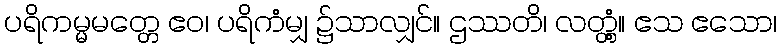
ပရိကမ္မမတ္တေ ဧဝ၊ ပရိကံမျှ ၌သာလျှင်။ ဌဿတိ၊ လတ္တံ့။ ဧသ ဧသော၊